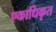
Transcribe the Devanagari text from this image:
एकाधिकृत